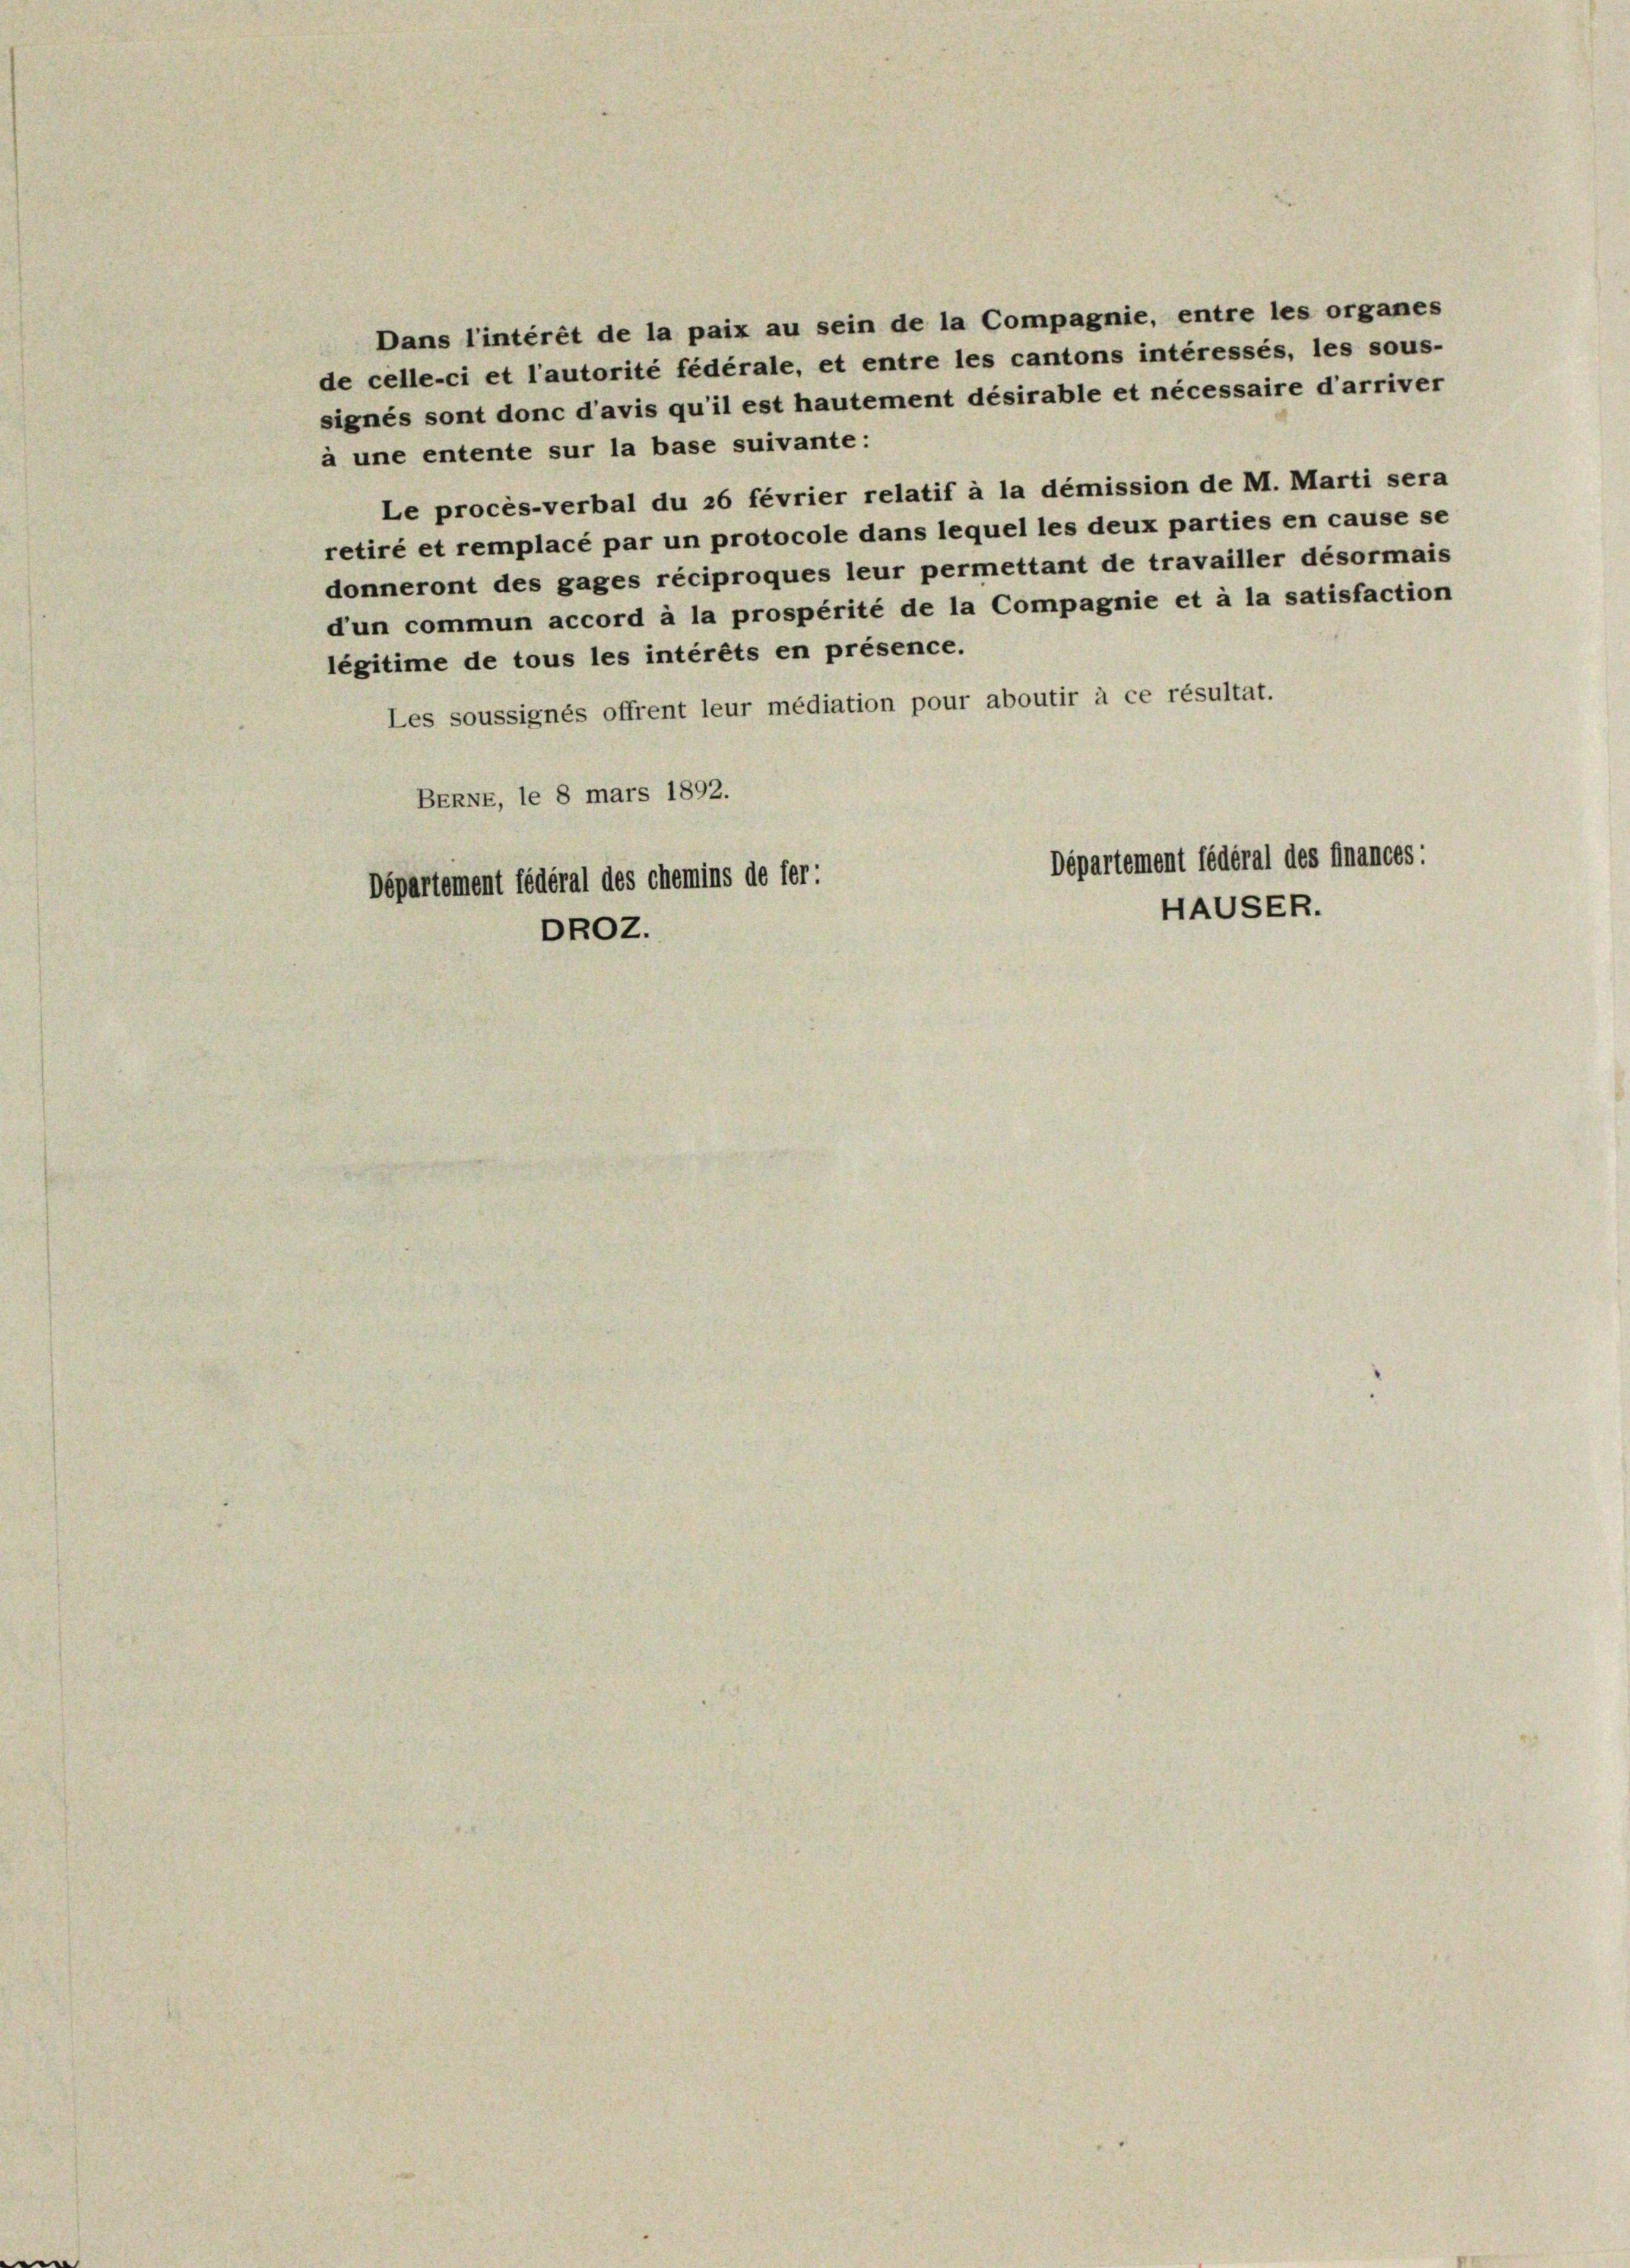
à une entente sur la base suivante :
légitime de tous les intérêts en présence.
Les soussignés offrent leur médiation pour aboutir à ce résultat.
BERNE, le 8 mars 1892.
Département fédéral des finances:
Departement fédéral des chemins de fer:
HAUSER.
DROZ.

Dans l’intérêt de la paix au sein de la Compagnie, entre les organes
de celle-ci et l’autorité fédérale, et entre les cantons intéressés, les sous-
signés sont donc d’avis qu’il est hautement désirable et nécessaire d’arriver
Le procès-verbal du 26 février relatif à la démission de M. Marti sera
retiré et remplacé par un protocole dans lequel les deux parties en cause se
donneront des gages réciproques leur permettant de travailler désormais
d’un commun accord à la prospérité de la Compagnie et à la satisfaction